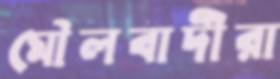
মৌলবাদীরা